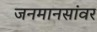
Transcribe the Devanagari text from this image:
जनमानसांवर